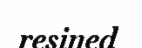
resined